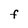
Character: F